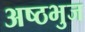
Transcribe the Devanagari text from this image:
अष्ठभुज